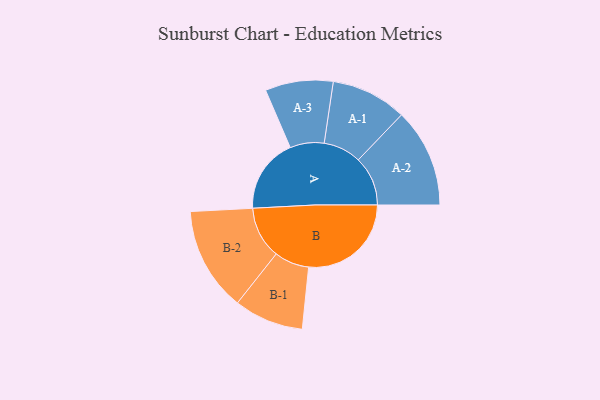
{"axis": {"x": "Segment", "y": "Value"}, "legend": ["", "A", "B"], "data": [{"x": "A", "y": 347, "type": ""}, {"x": "B", "y": 477, "type": ""}, {"x": "A-1", "y": 176, "type": "A"}, {"x": "A-2", "y": 230, "type": "A"}, {"x": "A-3", "y": 158, "type": "A"}, {"x": "B-1", "y": 162, "type": "B"}, {"x": "B-2", "y": 242, "type": "B"}]}